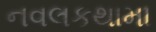
નવલકથામા